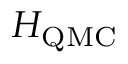
H _ { \mathrm { Q M C } }